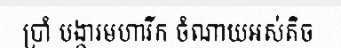
ប្រាំ បង្ការមហារីក ចំណាយអស់តិច